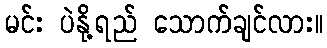
မင်း ပဲနို့ရည် သောက်ချင်လား။